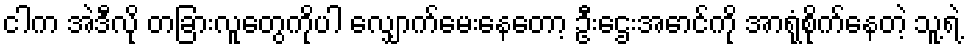
ငါက အဲဒီလို တခြားလူတွေကိုပါ လျှောက်မေးနေတော့ ဦးဌေးအောင်ကို အာရုံစိုက်နေတဲ့ သူ့ရဲ့